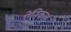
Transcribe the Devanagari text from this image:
ऐनिकल